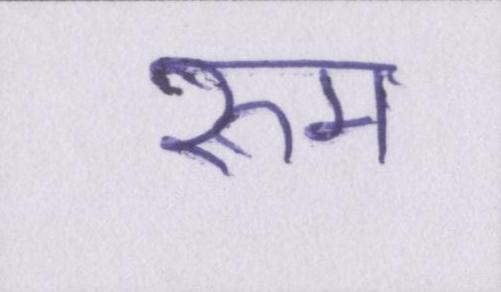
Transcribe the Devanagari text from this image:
रुम